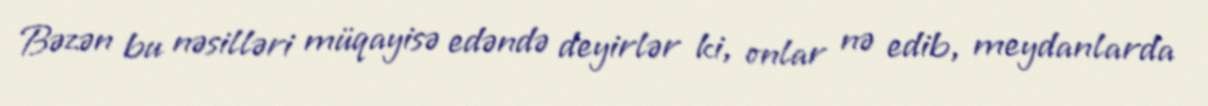
Bəzən bu nəsilləri müqayisə edəndə deyirlər ki, onlar nə edib, meydanlarda